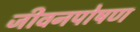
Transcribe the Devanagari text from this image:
जीवनपोषण